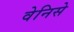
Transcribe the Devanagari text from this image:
वेनिसे